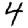
Digit: 4